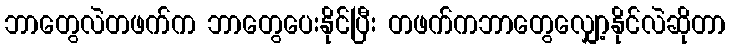
ဘာတွေလဲတဖက်က ဘာတွေပေးနိုင်ပြီး တဖက်ကဘာတွေလျှော့နိုင်လဲဆိုတာ